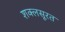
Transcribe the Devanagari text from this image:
शक्लसूरत